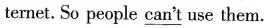
ternet. So people \underline{can't} use them